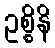
ဥစ္စိနိ